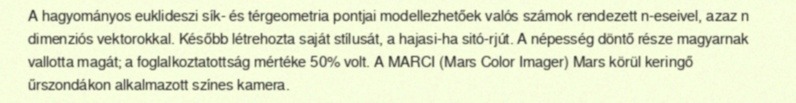
A hagyományos euklideszi sík- és térgeometria pontjai modellezhetőek valós számok rendezett n-eseivel, azaz n dimenziós vektorokkal. Később létrehozta saját stílusát, a hajasi-ha sitó-rjút. A népesség döntő része magyarnak vallotta magát; a foglalkoztatottság mértéke 50% volt. A MARCI (Mars Color Imager) Mars körül keringő űrszondákon alkalmazott színes kamera.